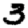
Digit: 3